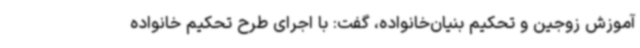
آموزش زوجین و تحکیم بنیان‌خانواده، گفت: با اجرای طرح تحکیم خانواده